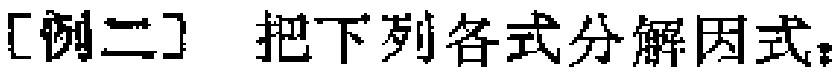
[例二] 把下列各式分解因式：